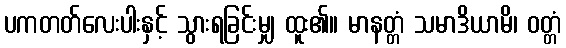
ပကတတ်လေးပါးနှင့် သွားရခြင်းမျှ ထူး၏။ မာနတ္တံ သမာဒိယာမိ၊ ဝတ္တံ